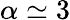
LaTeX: \alpha\simeq 3